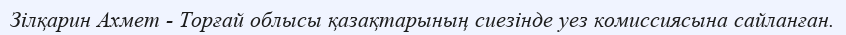
Зілқарин Ахмет - Торғай облысы қазақтарының сиезінде уез комиссиясына сайланған.